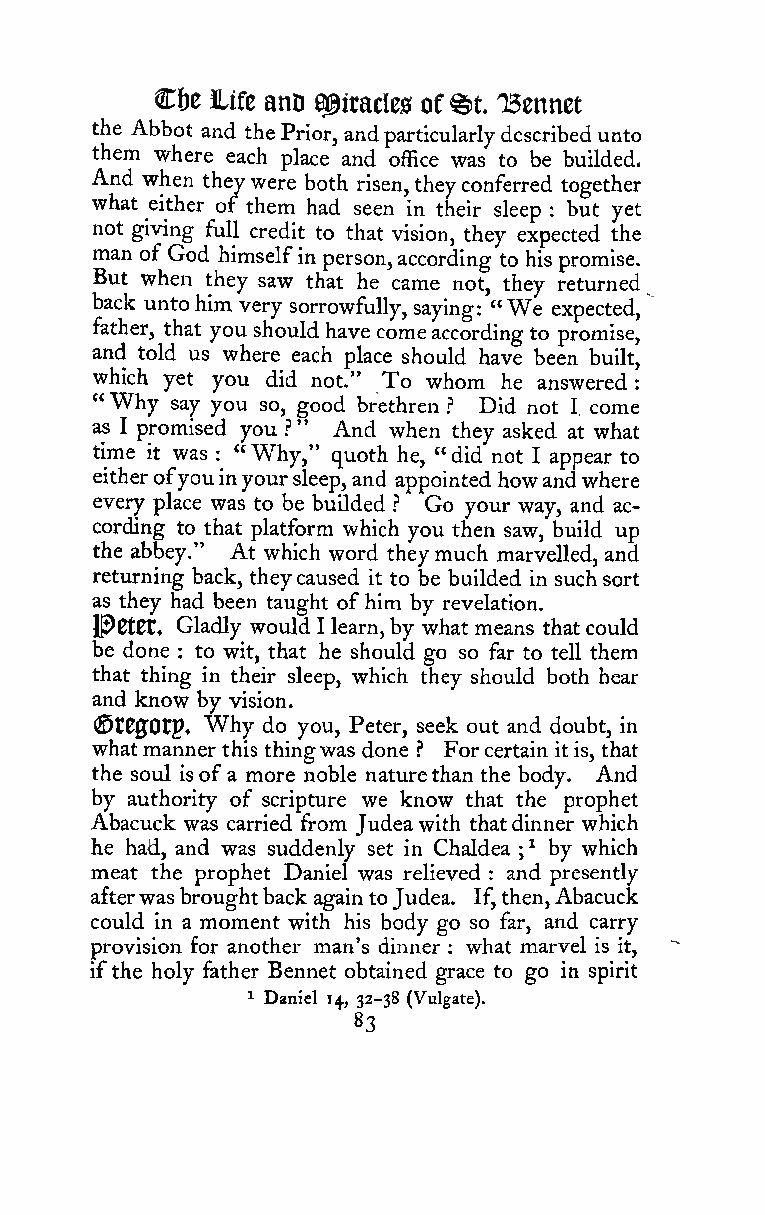
Cbe life anD Q^iracles of^t TBennet
 the Abbot and thePrior, andparticularlydescribedunto
 them where each place and office was to be builded.
 And when theywere both risen,theyconferred together
 what either of them had seen in their sleep but yet
 :
 not giving full credit to that vision, they expected the
 man of God himselfin person,according to his promise.
 But when they saw that he came not, they returned
 back unto him very sorrowfully, saying: "We expected,
 father, that you should have comeaccording to promise,
 and told us where each place should have been built,
 which yet you did not." To whom he answered:
 "Why
 say you so, good brethren ? Did not I, come
 as I promised you ?" And when they asked at what
 time it was : "Why," quoth he, "did not I appear to
 eitherofyouinyoursleep,and appointed howandwhere
 every place was to be builded ? Go your way, and ac-
 cording to that platform which you then saw, build up
 the abbey." At which word theymuch marvelled, and
 returning back, theycaused it to be builded in suchsort
 as they had been taught ofhim by revelation.
 PttCT, Gladly would I learn,by what means that could
 be done : to wit, that he should go so far to tell them
 that thing in their sleep, which they should both hear
 and know by vision.
 Why
 ©t00Otp»   do you, Peter, seek out and doubt, in
 whatmannerthis thingwas done ? Forcertain it is, that
 the soul isofa more noble naturethan the body. And
 by authority of scripture we know that the prophet
 Abacuck was carried from Judeawith thatdinner which
 he ha-d, and was suddenly set in Chaldea ^ by which
 ;
 meat the prophet Daniel was relieved and presently
 :
 afterwasbroughtback againtoJudea. If,then,Abacuck
 could in a moment with his body go so far, and carry
 provision for another man's dinner : what marvel is it,
 ifthe holy father Bennet obtained grace to go in spirit
 ^ Daniel 14, 32-38 (Vulgate).
 83